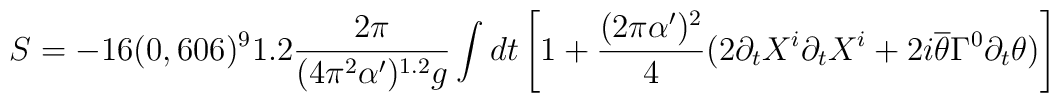
S=-16(0,606)^91.2\frac{2\pi}{(4\pi^2\alpha')^{1.2}g}\int dt\left[1+\frac{(2\pi\alpha')^2}{4}(2\partial_tX^i\partial_tX^i+2i\overline{\theta}\Gamma^0\partial_t\theta )\right]